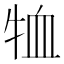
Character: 𭷞